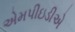
એમપીઇડીએ